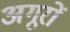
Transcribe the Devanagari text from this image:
अगूरों